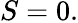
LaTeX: S=0.